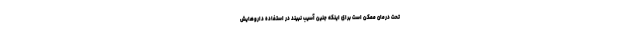
تحت درمان ممکن است برای اینکه جنین آسیب نبیند در استفاده داروهایش